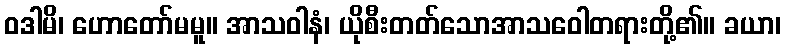
ဝဒါမိ၊ ဟောတော်မမူ။ အာသဝါနံ၊ ယိုစီးတတ်သောအာသဝေါတရားတို့၏။ ခယာ၊